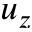
u _ { z }